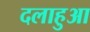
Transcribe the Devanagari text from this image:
दलाहुआ